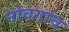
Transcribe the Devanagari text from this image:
नोवगांव